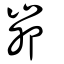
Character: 峁